65_HS1-834228961_62-HQ-83894_Section_8
Agency: FBI
Page 73
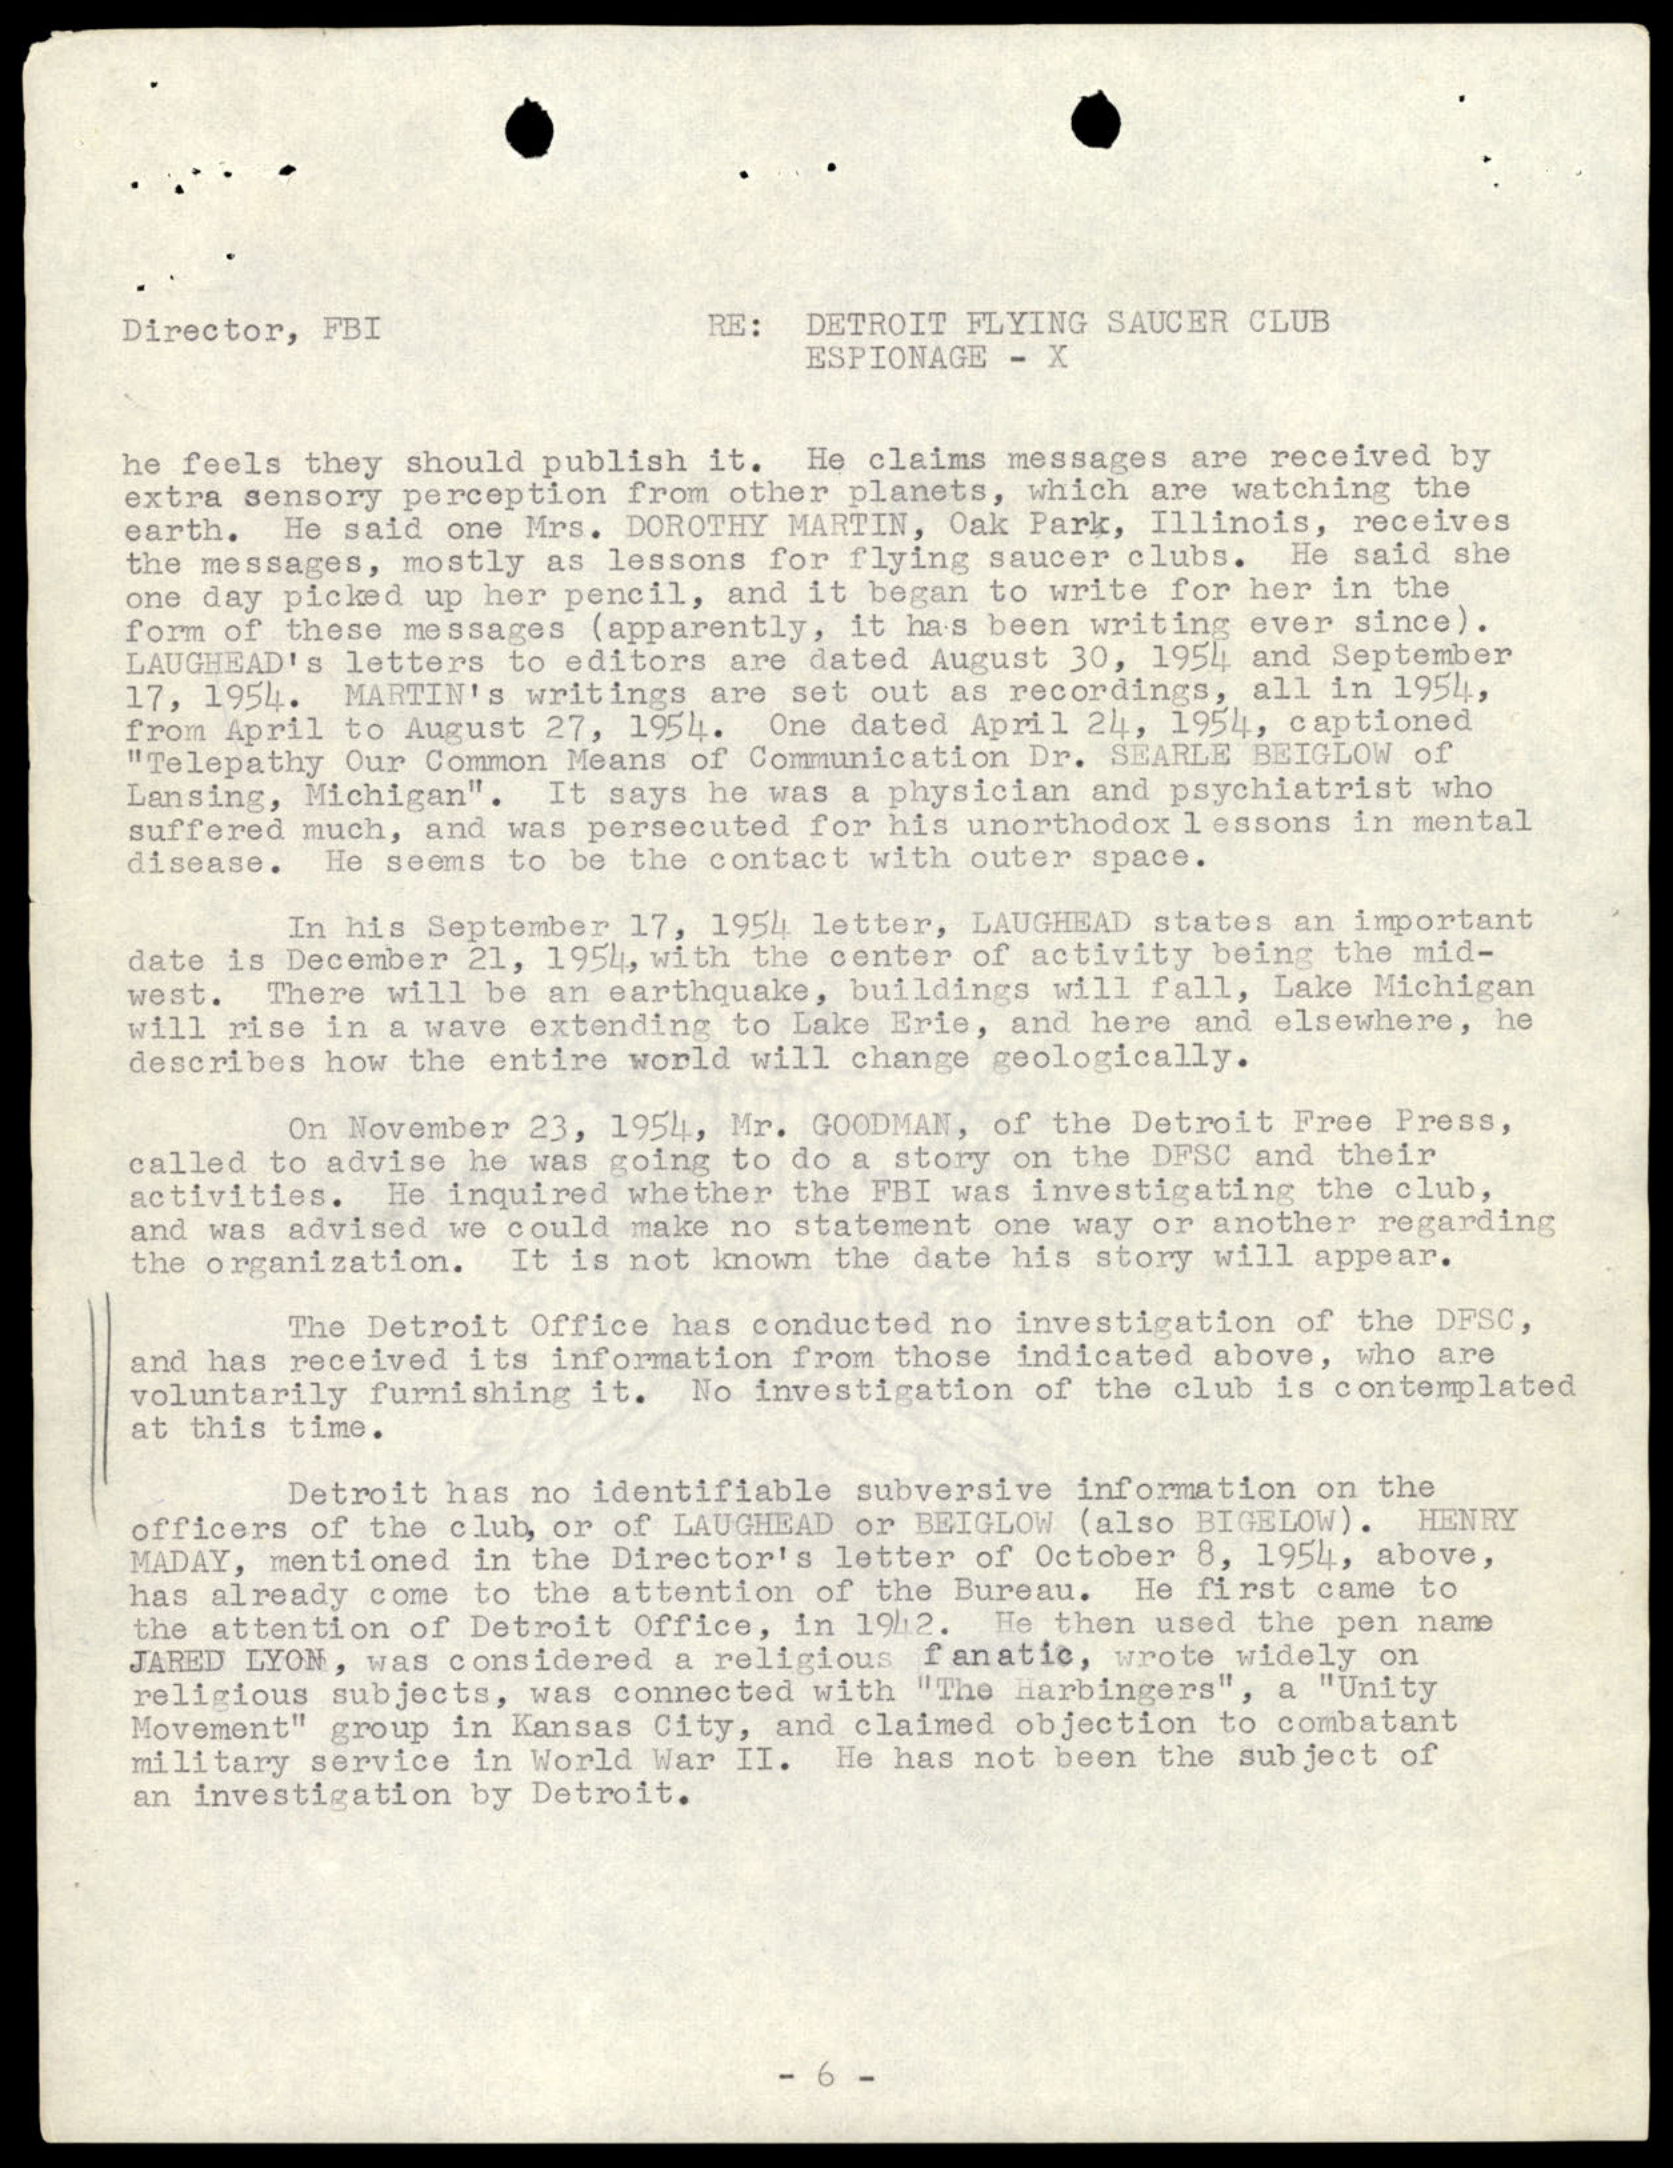